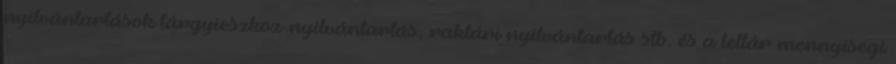
nyilvántartások tárgyieszköz-nyilvántartás, raktári nyilvántartás stb. és a leltár mennyiségi